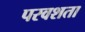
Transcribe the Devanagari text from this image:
परवशता